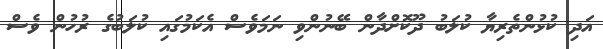
އަދި ކުޅުންތެރިޔާ ކުލަބު ދޫކޮށްދާން ބޭނުންވި ނަމަވެސް އެކަމުގައި ކުލަބުގެ ރުހުން ވެސް